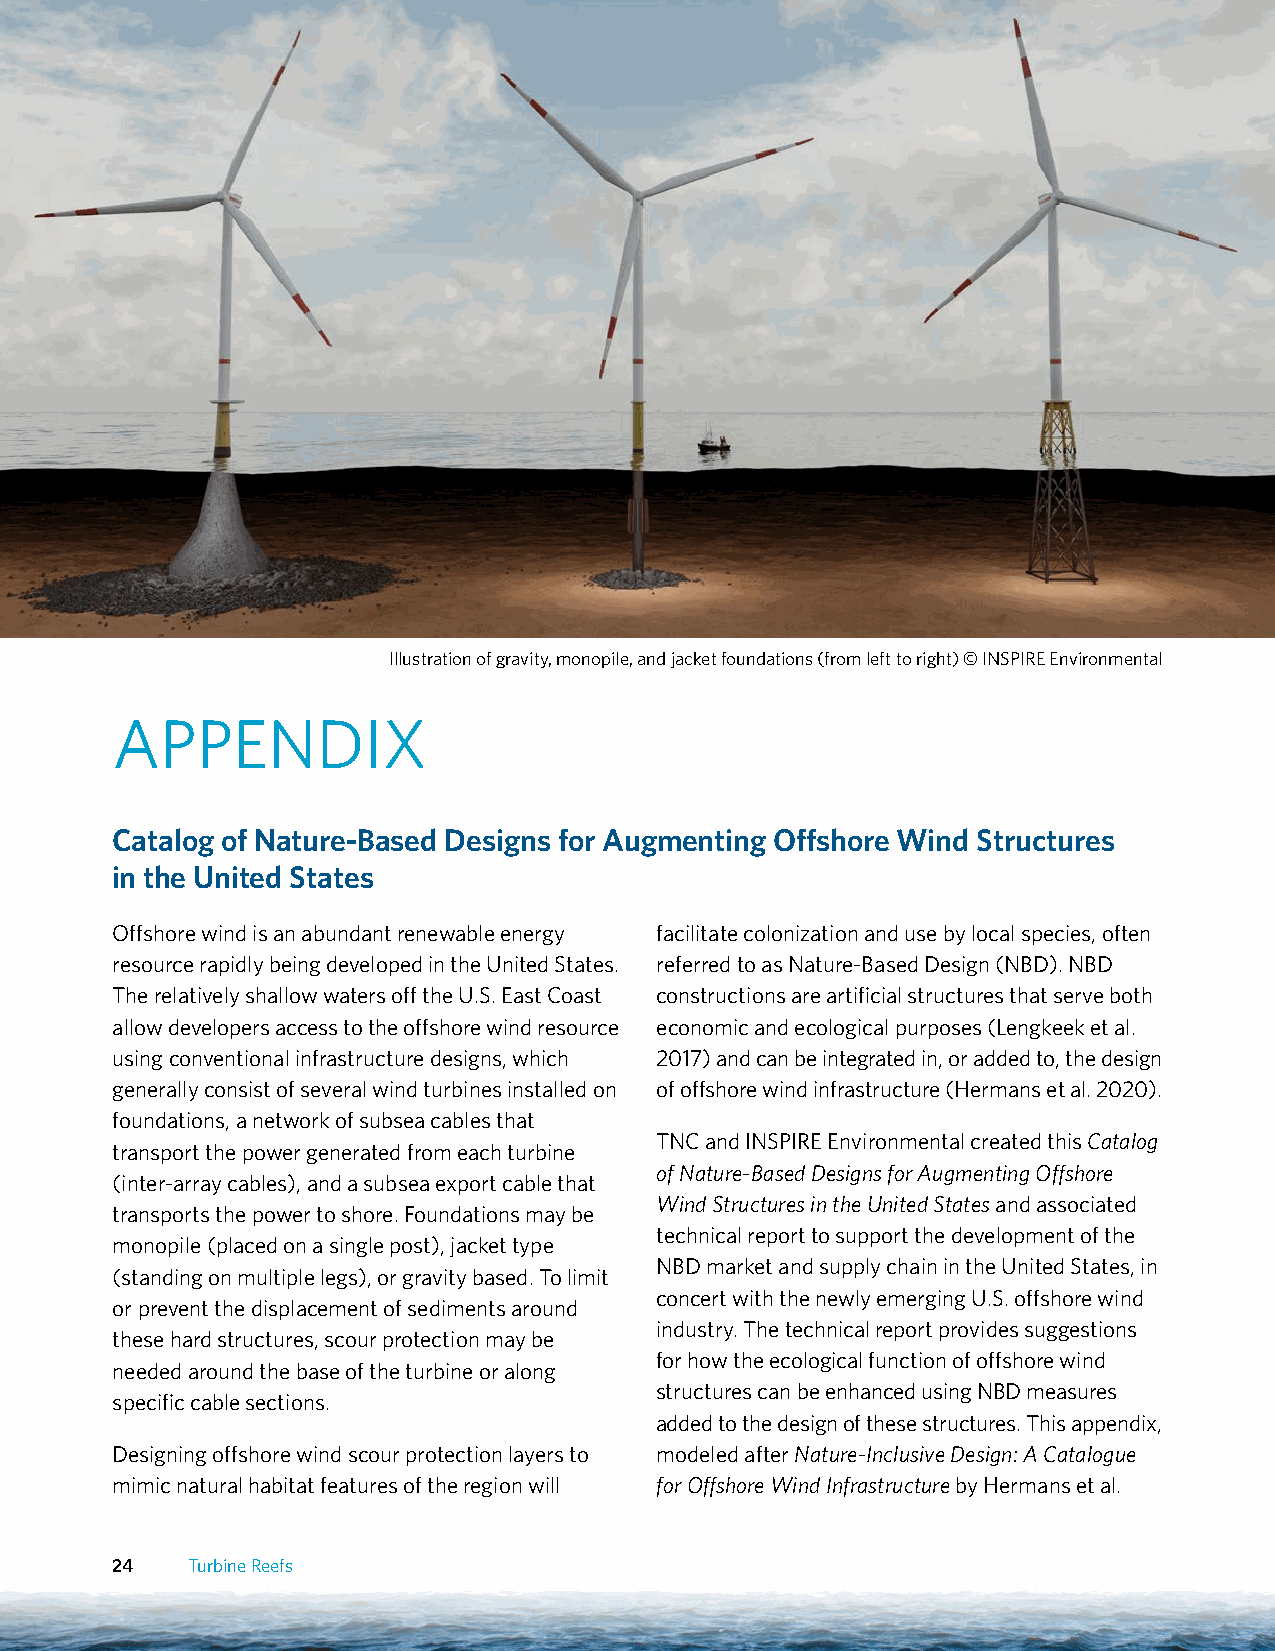
Illustration of gravity, monopile, and jacket foundations (from left to right) © INSPIRE Environmental
 APPENDIX
 Catalog of Nature-Based Designs for Augmenting Offshore Wind Structures
 in the United States
 Offshore wind is an abundant renewable energy facilitate colonization and use by local species, often
 resource rapidly being developed in the United States. referred to as Nature-Based Design (NBD). NBD
 The relatively shallow waters off the U.S. East Coast constructions are artificial structures that serve both
 allow developers access to the offshore wind resource economic and ecological purposes (Lengkeek et al.
 using conventional infrastructure designs, which 2017) and can be integrated in, or added to, the design
 generally consist of several wind turbines installed on of offshore wind infrastructure (Hermans et al. 2020).
 foundations, a network of subsea cables that
 TNC and INSPIRE Environmental created this Catalog
 transport the power generated from each turbine
 of Nature-Based Designs for Augmenting Offshore
 (inter-array cables), and a subsea export cable that
 Wind Structures in the United States and associated
 transports the power to shore. Foundations may be
 technical report to support the development of the
 monopile (placed on a single post), jacket type
 NBD market and supply chain in the United States, in
 (standing on multiple legs), or gravity based. To limit
 concert with the newly emerging U.S. offshore wind
 or prevent the displacement of sediments around
 industry. The technical report provides suggestions
 these hard structures, scour protection may be
 for how the ecological function of offshore wind
 needed around the base of the turbine or along
 structures can be enhanced using NBD measures
 specific cable sections.
 added to the design of these structures. This appendix,
 Designing offshore wind scour protection layers to modeled after Nature-Inclusive Design: A Catalogue
 mimic natural habitat features of the region will for Offshore Wind Infrastructure by Hermans et al.
 24   Turbine Reefs